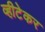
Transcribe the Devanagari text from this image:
व्हीटेकर